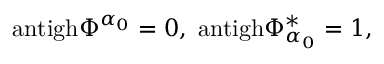
\mathrm { a n t i g h } \Phi ^ { \alpha _ { 0 } } = 0 , \; \mathrm { a n t i g h } \Phi _ { \alpha _ { 0 } } ^ { * } = 1 , \;